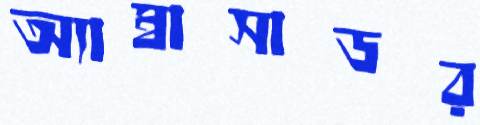
অ্যাম্বাসাডর